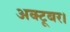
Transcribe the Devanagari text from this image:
अक्टूबर।